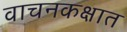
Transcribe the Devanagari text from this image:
वाचनकक्षात